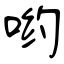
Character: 哟